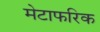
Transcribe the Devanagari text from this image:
मेटाफरिक